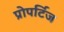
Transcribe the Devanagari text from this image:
प्रोपर्टिज